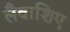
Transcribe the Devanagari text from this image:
लैवाशिए